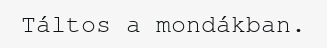
Táltos a mondákban.